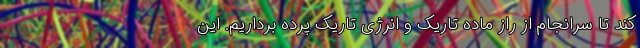
کند تا سرانجام از راز ماده تاریک و انرژی تاریک پرده برداریم. این